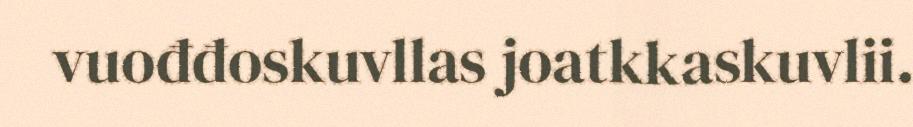
vuođđoskuvllas joatkkaskuvlii.